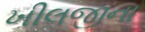
ખીલજીના